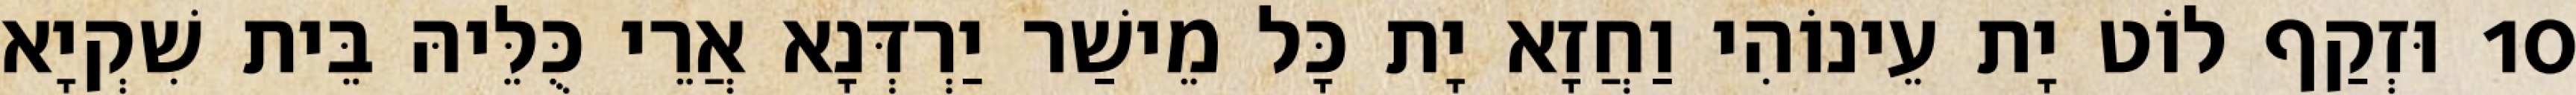
10 וּזְקַף לוֹט יָת עֵינוֹהִי וַחֲזָא יָת כָּל מֵישַׁר יַרְדְּנָא אֲרֵי כֻּלֵּיהּ בֵּית שִׁקְיָא